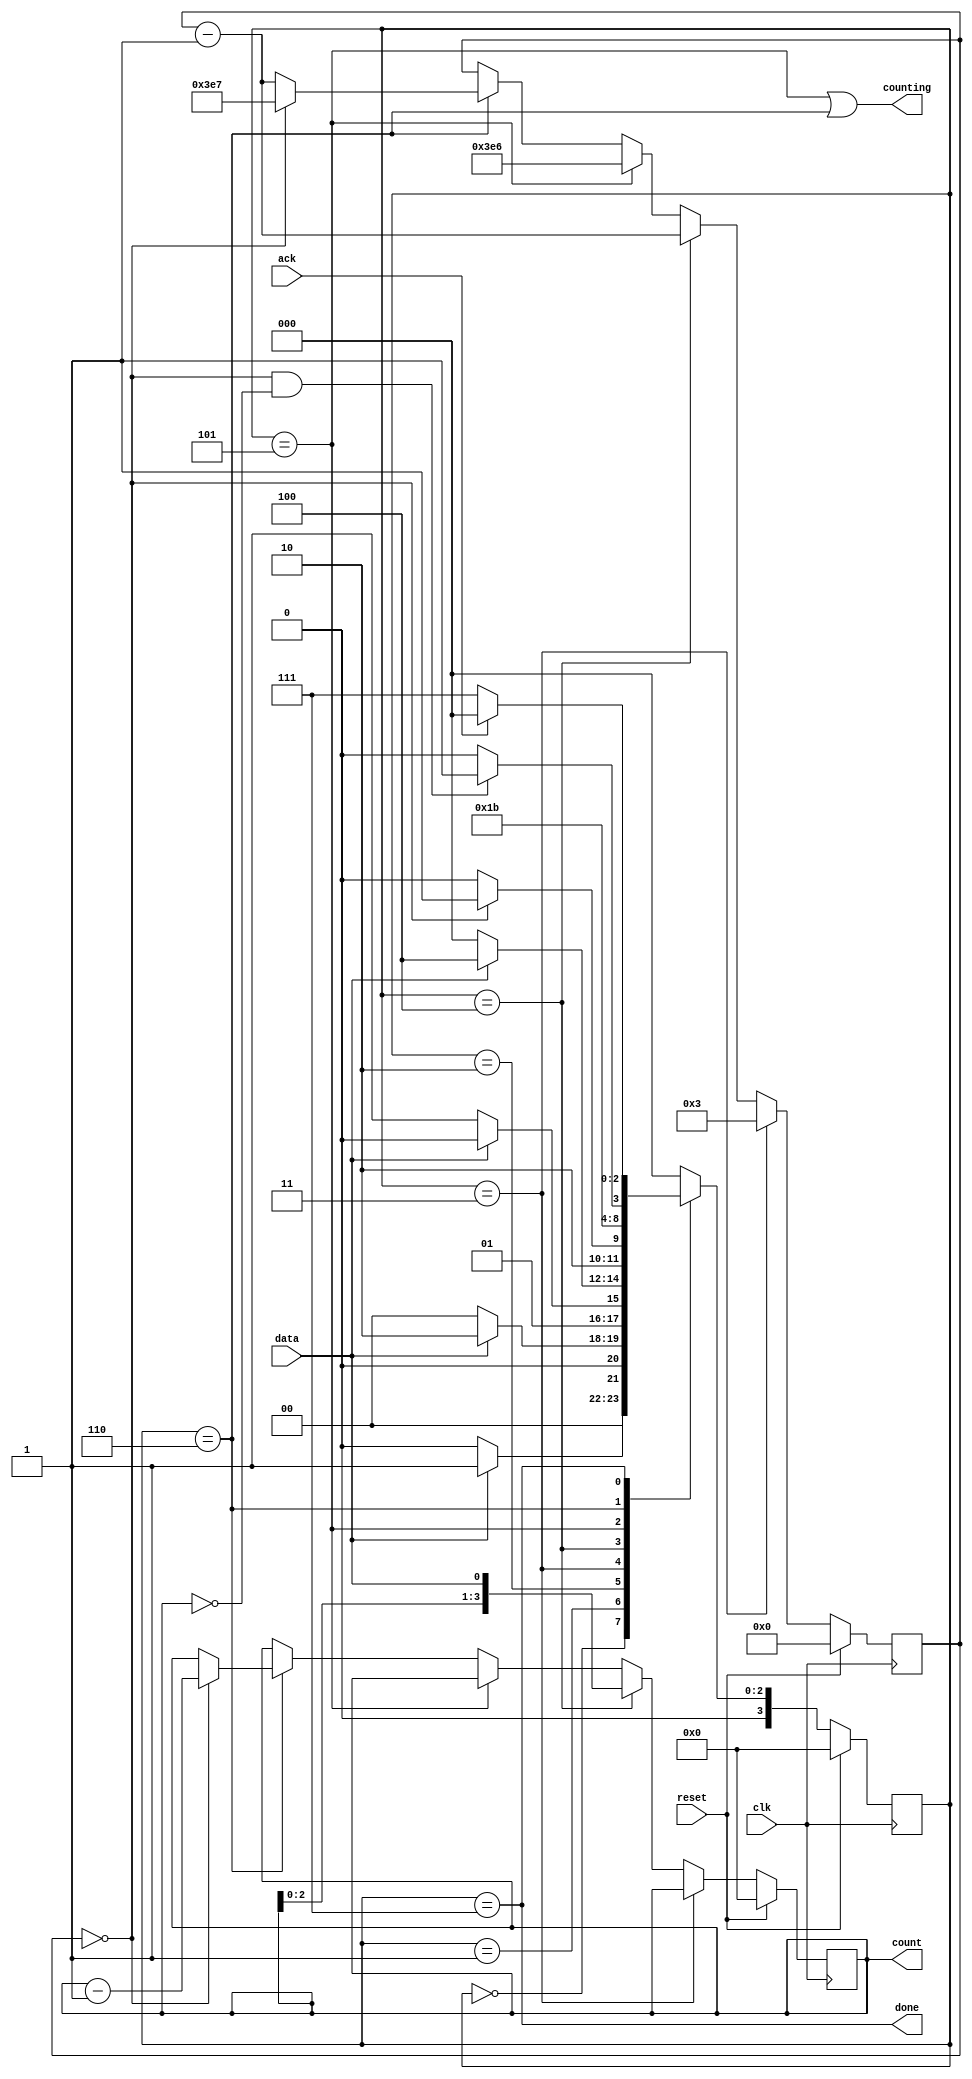
module top_module (
    input clk,
    input reset,      // Synchronous reset
    input data,
    output [3:0] count,
    output counting,
    output done,
    input ack );
    parameter A=0, B=1, C=2, D=3, E=4, F=5, G=6, H=7;
    reg [3:0] delay;
    reg [9:0] timer;
    reg [3:0] state, next_state;
    always@(*)
        begin
            case(state)
                A:next_state<=data?B:A;
                B:next_state<=data?C:A;
                C:next_state<=data?C:D;
                D:next_state<=data?E:A;
                E:next_state<=(timer == 10'd0)?F:E;
                F:next_state<=G;
                G:next_state<=(timer==10'd0 && delay==4'd0)?H:G;
                H:next_state<=ack?A:H;
                default: next_state<=A;
            endcase
        end
    always@(posedge clk)
        begin
            if(reset)  begin state<=A; delay<=4'd0; timer<=10'd0; end
            else
                begin
                    if(state == D) timer<=10'd3;
                    else if(state == E) begin timer<=timer-10'd1; delay<={delay[2:0],data}; end
                    else if(state == F) timer<=10'd999-10'd1;
                    else if(state == G) begin if(timer ==10'd0) 
                        begin
                            timer<=10'd999; 
                            delay<=delay-4'd1; 
                        end
                        else timer<=timer-10'd1;
                    end
                    state<=next_state;
                end
        end
    assign done = (state==H);
    assign counting = (state==F | state == G);
    assign count = delay;
endmodule